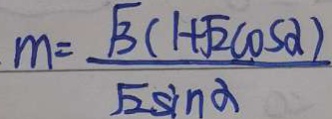
m = \frac { \sqrt { 3 } ( 1 + \sqrt { 2 } \cos \alpha ) } { \sqrt { 2 } \sin \alpha }